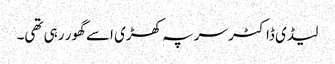
لیڈی ڈاکٹر سر پہ کھڑی اسے گھور رہی تھی۔